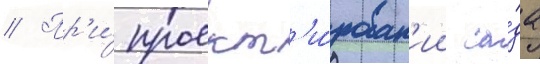
// Пр'и́ проект'и́рован'ии са́да